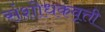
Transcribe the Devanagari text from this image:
संशोधकवृत्ती